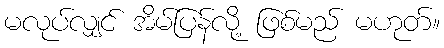
မလုပ်လျှင် အိမ်ပြန်လို့ ဖြစ်မည် မဟုတ်။